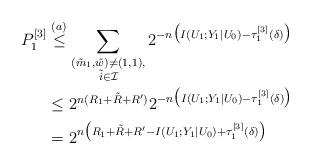
LaTeX: \begin{align*}P_1^{[3]}&\stackrel{(a)}\leq\sum_{\substack{(\tilde{m}_1,\tilde{w})\neq (1,1),\\\tilde{i}\in\mathcal{I}}}2^{-n\big(I(U_1;Y_1|U_0)-\tau^{[3]}_1(\delta)\big)}\\ &\leq2^{n(R_1+\tilde{R}+R')}2^{-n\big(I(U_1;Y_1|U_0)-\tau^{[3]}_1(\delta)\big)}\\ &=2^{n\big(R_1+\tilde{R}+R'-I(U_1;Y_1|U_0)+\tau^{[3]}_1(\delta)\big)}\end{align*}